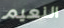
النعيم